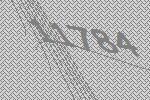
11784